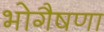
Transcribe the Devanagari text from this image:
भोगैषणा